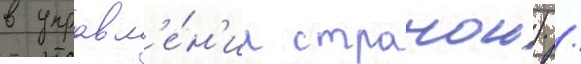
в управл'е́н'ии странои) /